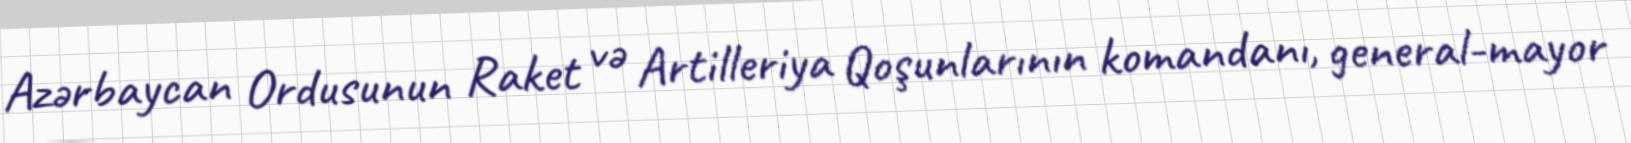
Azərbaycan Ordusunun Raket və Artilleriya Qoşunlarının komandanı, general-mayor